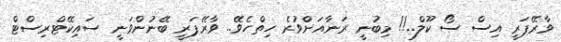
ވާރޭޕަރީ އިސް ސޯ ކޫލް..!! މިބުނީ ރަނާއަށްވުރެ ހިތްހެވޭ.. ވާރޭޕަރީ ބޭނުންވަނީ ސައިކޭޓްރިސްޓް